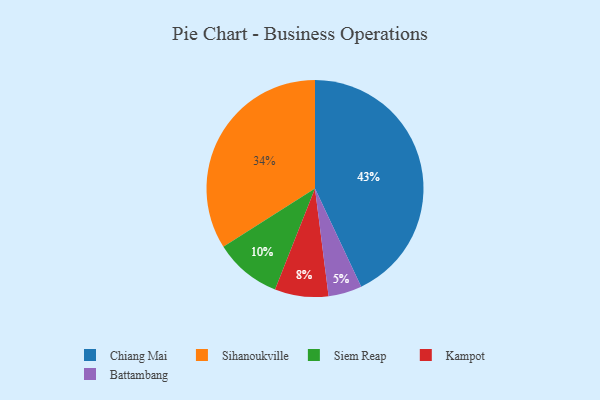
{"axis": {"x": "Category", "y": "Percentage"}, "legend": ["Battambang", "Chiang Mai", "Kampot", "Siem Reap", "Sihanoukville"], "data": [{"x": "Sihanoukville", "y": 34, "type": "Sihanoukville"}, {"x": "Kampot", "y": 8, "type": "Kampot"}, {"x": "Siem Reap", "y": 10, "type": "Siem Reap"}, {"x": "Chiang Mai", "y": 43, "type": "Chiang Mai"}, {"x": "Battambang", "y": 5, "type": "Battambang"}]}